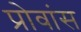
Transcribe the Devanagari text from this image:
प्रोवांस